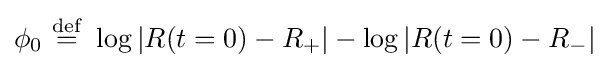
\phi _{0}\ {\stackrel {\mathrm {def} }{=}}\ \log \left|R(t=0)-R_{+}\right|-\log \left|R(t=0)-R_{-}\right|